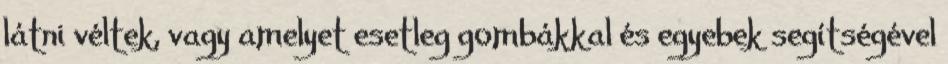
látni véltek, vagy amelyet esetleg gombákkal és egyebek segítségével